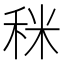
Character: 𥞪